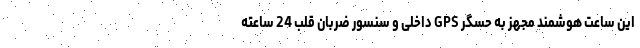
این ساعت هوشمند مجهز به حسگر GPS داخلی و سنسور ضربان قلب 24 ساعته